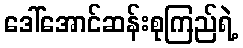
ဒေါ်အောင်ဆန်းစုကြည်ရဲ့